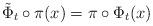
LaTeX: \begin{align*}\tilde \Phi_t\circ\pi(x)=\pi\circ \Phi_t (x) \end{align*}